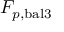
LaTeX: F _ { p , { \mathrm { b a l } } 3 }